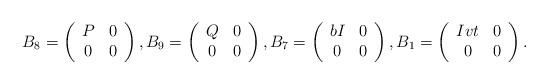
LaTeX: \begin{align*}B_8=\left(\begin{array}{cc}P & 0 \\ 0 & 0 \end{array}\right),B_9=\left(\begin{array}{cc}Q & 0 \\ 0 & 0 \end{array}\right),B_7=\left(\begin{array}{cc}bI & 0 \\ 0 & 0 \end{array}\right),B_1=\left(\begin{array}{cc}Ivt & 0 \\ 0 & 0 \end{array}\right).\end{align*}